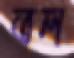
তল